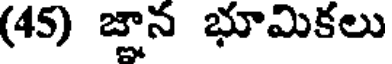
(45) జ్ఞాన భూమికలు